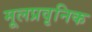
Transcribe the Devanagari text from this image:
मूलप्रवृनिक